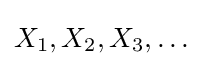
X_{1},X_{2},X_{3},\dots